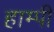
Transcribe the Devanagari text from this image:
हाम्पी